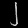
Digit: ၂